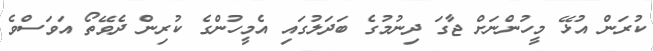
ކުރަން އުޅޭ މީހުންނަށް ޖާގަ ދިނުމުގެ ބަދަލުގައި އެމީހުންގެ ކުރިން ދެވޭތޯ އަވަސްވެ